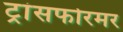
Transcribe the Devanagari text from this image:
ट्रांसफोरमर